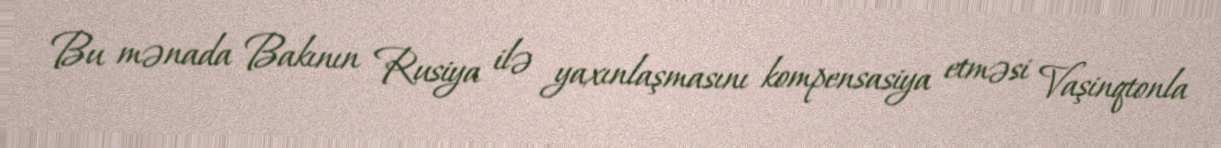
Bu mənada Bakının Rusiya ilə yaxınlaşmasını kompensasiya etməsi Vaşinqtonla